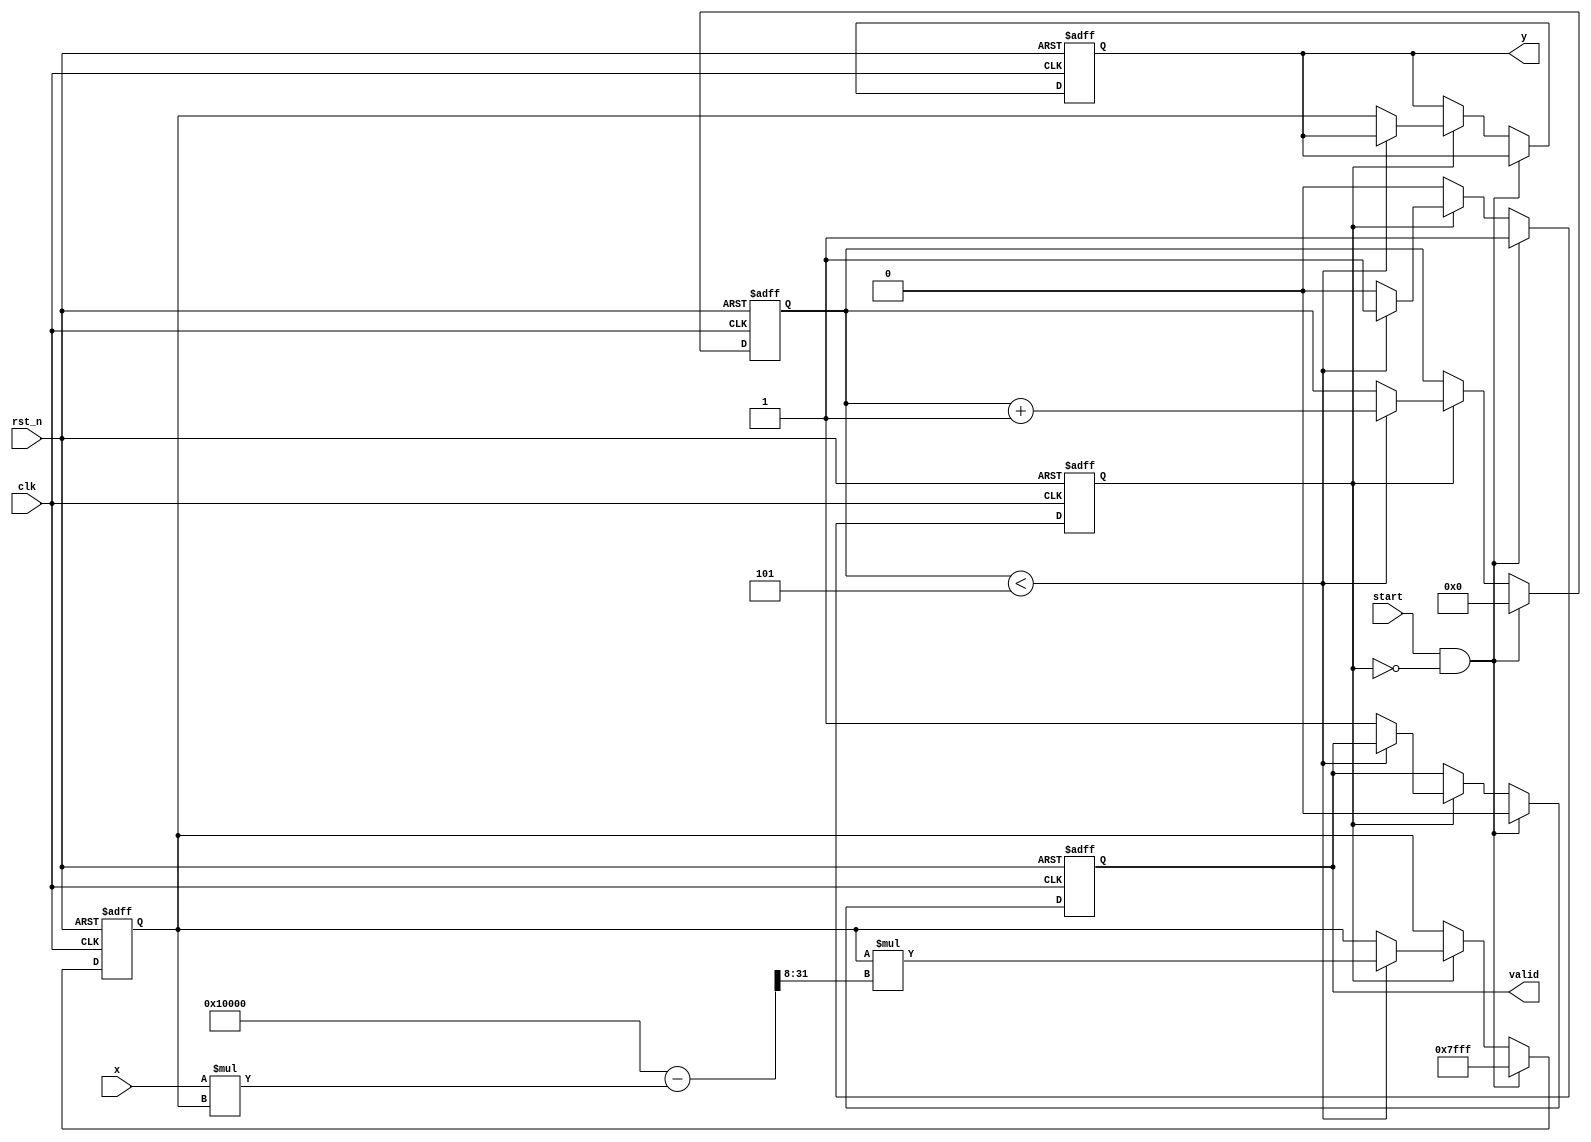
module FixedPointReciprocal #(
    parameter WIDTH = 16,    // Total bit width of the fixed-point number
    parameter FRACTIONAL_BITS = 8, // Number of fractional bits
    parameter MAX_ITERATIONS = 5 // Maximum iterations for Newton-Raphson
)(
    input wire clk,
    input wire rst_n,
    input wire start,
    input wire [WIDTH-1:0] x, // Fixed-point input (x > 0)
    output reg [WIDTH-1:0] y,  // Fixed-point output (y = 1/x)
    output reg valid // Output valid signal
);

    // Internal signals
    reg [WIDTH-1:0] approx; // Current approximation of the reciprocal
    reg [3:0] iteration; // Iteration counter
    reg computing; // State to indicate if computation is in progress

    // Initial approximation (1/x) can be set to a specific value
    initial begin
        approx = {1'b0, {WIDTH-1{1'b1}}}; // Initial guess (can be adjusted)
        valid = 0;
        computing = 0;
        iteration = 0;
    end

    // Newton-Raphson iteration: approx = approx * (2 - x * approx)
    always @(posedge clk or negedge rst_n) begin
        if (!rst_n) begin
            approx <= {1'b0, {WIDTH-1{1'b1}}}; // Reset to initial guess
            y <= 0;
            valid <= 0;
            computing <= 0;
            iteration <= 0;
        end else if (start && !computing) begin
            // Start computation
            approx <= {1'b0, {WIDTH-1{1'b1}}}; // Reset approximation
            iteration <= 0;
            computing <= 1;
            valid <= 0;
        end else if (computing) begin
            if (iteration < MAX_ITERATIONS) begin
                // Newton-Raphson iteration
                approx <= approx * (2**WIDTH - (x * approx) >> FRACTIONAL_BITS);
                iteration <= iteration + 1;
            end else begin
                // Finished computation
                y <= approx;
                valid <= 1;
                computing <= 0;
            end
        end
    end

endmodule